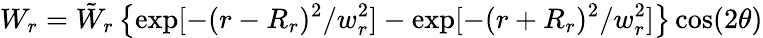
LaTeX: W_{r}=\tilde{W}_{r}\left\{ \exp[-(r-R_{r})^{2}/w_{r}^{2}]-\exp[-(r+R_{r})^{2}/w_{r}^{2}]\right\} \cos(2\theta)